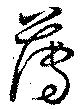
薄